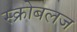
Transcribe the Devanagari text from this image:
स्क्रोबलज